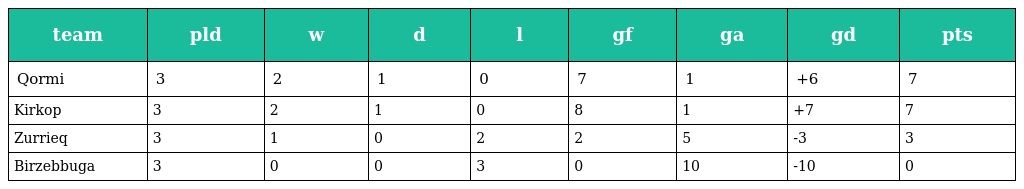
| team | pld | w | d | l | gf | ga | gd | pts |
 | --- | --- | --- | --- | --- | --- | --- | --- | --- |
 | Qormi | 3 | 2 | 1 | 0 | 7 | 1 | +6 | 7 |
 | Kirkop | 3 | 2 | 1 | 0 | 8 | 1 | +7 | 7 |
 | Zurrieq | 3 | 1 | 0 | 2 | 2 | 5 | -3 | 3 |
 | Birzebbuga | 3 | 0 | 0 | 3 | 0 | 10 | -10 | 0 |